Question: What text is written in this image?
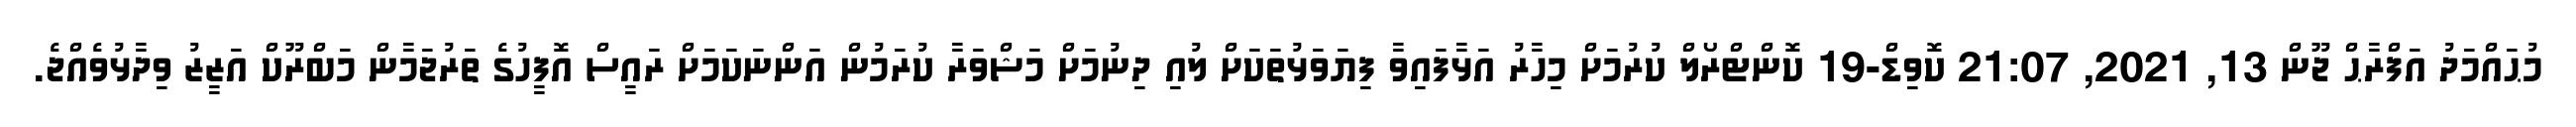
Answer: މުޙައްމަދު އަފްރާޙް ޖޫން 13, 2021, 21:07 ކޮވިޑް-19 ކޮންޓްރޯލް ކުރުމަށް މިހާރު އަޅާފައިވާ ފިޔަވަޅުތަކަށް ލުއި ދިނުމަށް މަޝްވަރާ ކުރަމުން އަންނަކަމަށް ރައީސް އޮފީހުގެ ތަރުޖަމާން މަބްރޫކް އަޒީޒު ވިދާޅުވެއްޖެ.